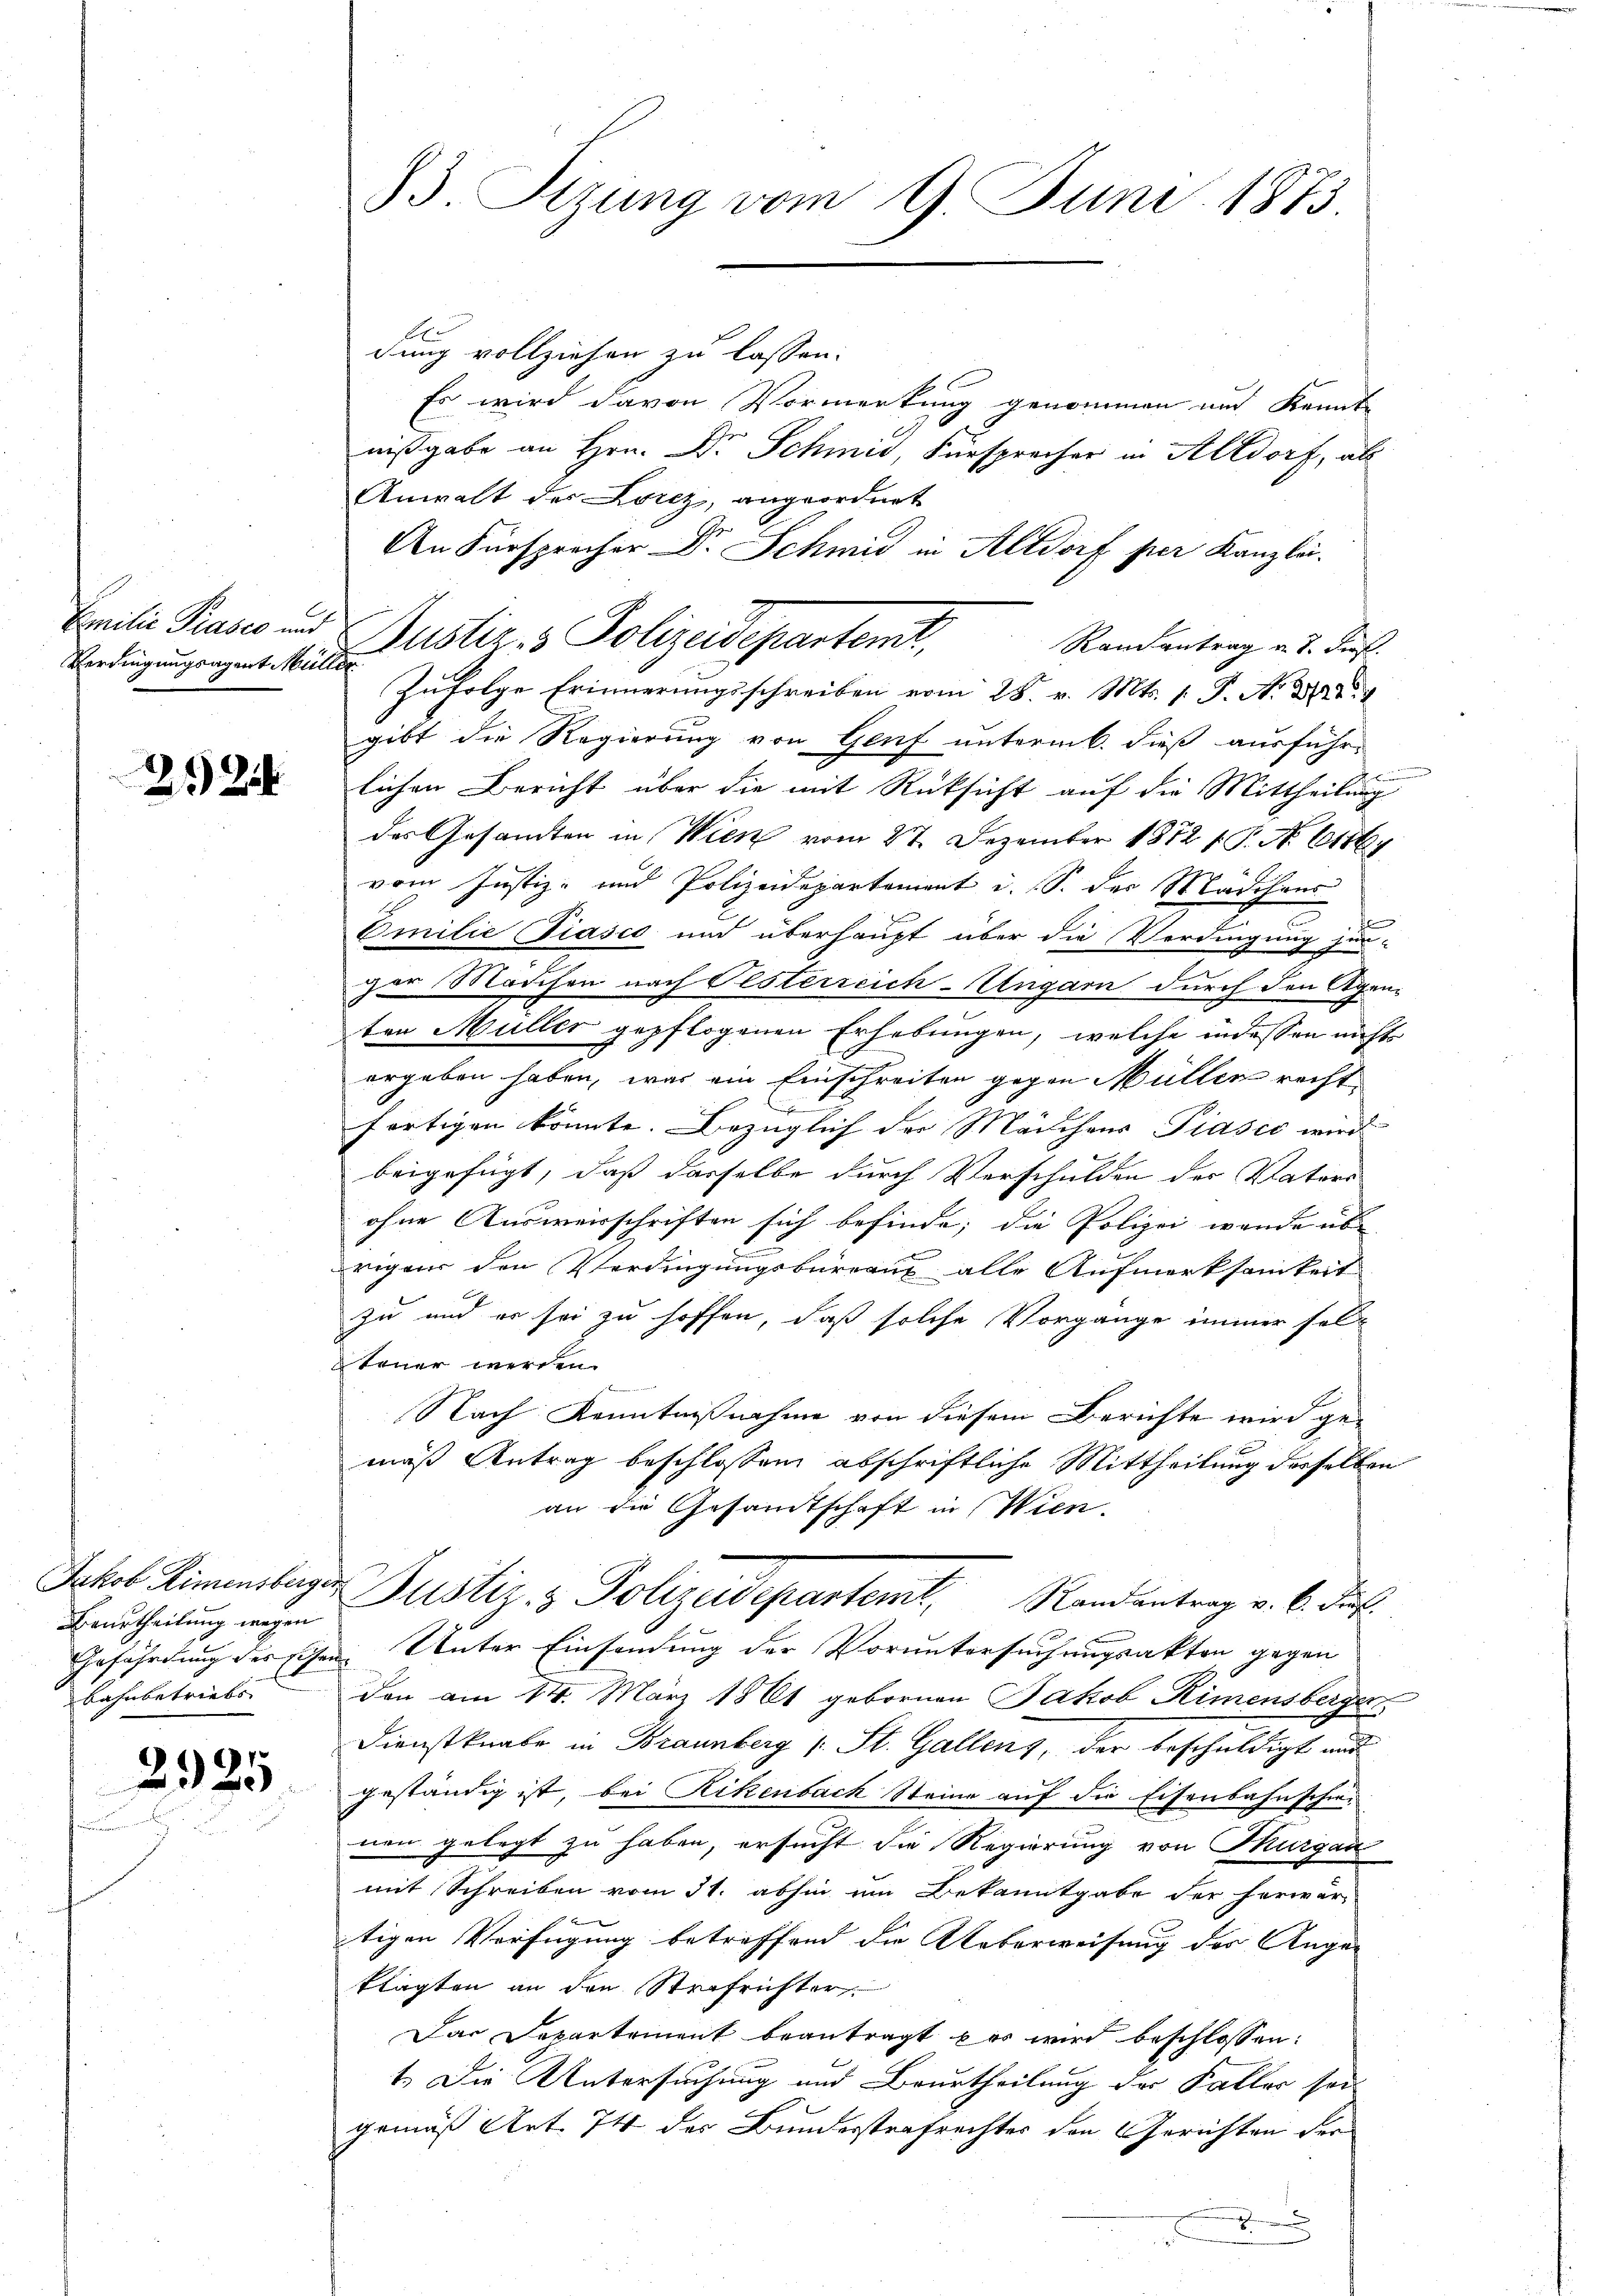
Verdingungsagent Müller

2124

Beurtheilung wegen
bahnbetriebs

2925

dung vollziehen zu lassen.
Es wird davon Vormerkung genommen und kannte
nißgabe an Hrn. Dr Schmid, Fürsprecher in Altdorf, als
Anwalt des Lorez, angeordnet
An Fürsprecher Dr. Schmid in Altdorf per Kanzlei.
Creilie Präses und Zustiz- & Polizeidepartemit,
Randantrag a. 7. dies
Zufolge Erinnerungsschreiben vom 28. v. Mts. 1. P. N. 272. 1
gibt die Regierung von Genf unterm 6. dieß ausführ-
lichen Bericht über die mit Rücksicht auf die Mittheilung
das Gesandten in Wien vom 27. Dezember 1872 f. P. No. 61861
vom Justiz- und Polizeidepartement i. S. der Mädchens
Emilie (Piasco und überhaupt über die Verdingung zer-
ger Mädchen nach Oesterreich-Ungarn durch den Agenten Müller gepflogenen Erhebungen, welche indessen nichts
ergeben haben, was ein Einschreiten gegen Müller recht
nung
fertigen könnte. Bezüglich der Mädchens Piascc wird
beigefügt, daß dasselbe durch Verschulden der Vaters
ohne Ausweisschriften sich befinde; die Polizei werde übe
rigens den Verdingungsbureaus alle Aufmerksamkeit
zu und er sei zu hoffen, daß solche Vorgänge immer sel-
teuer werden.
Nach Kenntnißnahme von diesem Berichte wird ge-
mäß Antrag beschlossen abschriftliche Mittheilung derselben
an die Gesandtschaft in Wien.
Jakob Limensberger Justiz- & Polizeidepartemt, Randantrag v. 6. di
Gefährdung des sichen Unter Einsendung der Voruntersuchungsakten gegen
den am 14. März 1861 gebornen Jakob Rimensbergen
Dienstknabe in Braunberg (: St. Gallens, der beschuldigt und
geständig ist, bei Rikenbach Steine auf die Eisenbahnschienen gelegt zu haben, ersucht die Regierung von Thurgau
mit Schreiben vom 31. abhin um Bekanntgabe der herwär-
tigen Verfügung betreffend die Ueberweisung der Ange- |
klagten an den Steifrichter
Das Departement beantragt war wird beschlossen:
t. Die Untersuchung und Beurtheilung der Kaller sei
gemäß Art. 74 des Bundesstrafrechtes den Gerichten der
.

83. Sitzung vom 9. Juni 1873.